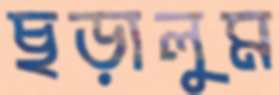
ছড়ালুম